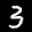
Digit: 3